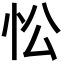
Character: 忪